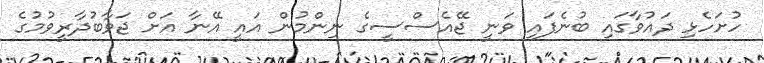
ހުށަހެޅި ދައުވާގައި ބުނެފައި ވަނީ ޖޭއެސްސީގެ ނިންމުން އައީ އޭނާ އަށް ޖަވާބުދާރީވުމުގެ